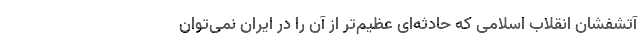
آتشفشان انقلاب اسلامی که حادثه‌ای عظیم‌تر از آن را در ایران نمی‌توان